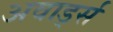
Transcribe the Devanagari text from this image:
अवार्ड्स